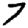
Digit: 7